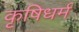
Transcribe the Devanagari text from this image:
कृषिधर्म